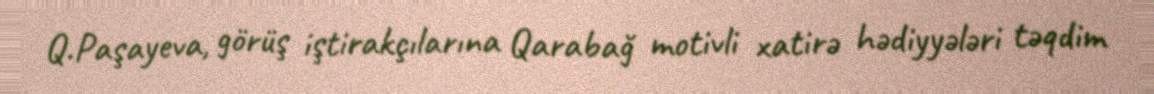
Q.Paşayeva, görüş iştirakçılarına Qarabağ motivli xatirə hədiyyələri təqdim